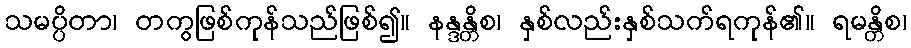
သမပ္ပိတာ၊ တကွဖြစ်ကုန်သည်ဖြစ်၍။ နန္ဒန္တိစ၊ နှစ်လည်းနှစ်သက်ရကုန်၏။ ရမန္တိစ၊